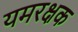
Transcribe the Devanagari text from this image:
यमरक्षक